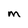
Character: M